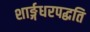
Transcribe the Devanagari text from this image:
शार्ङ्गधरपद्धति